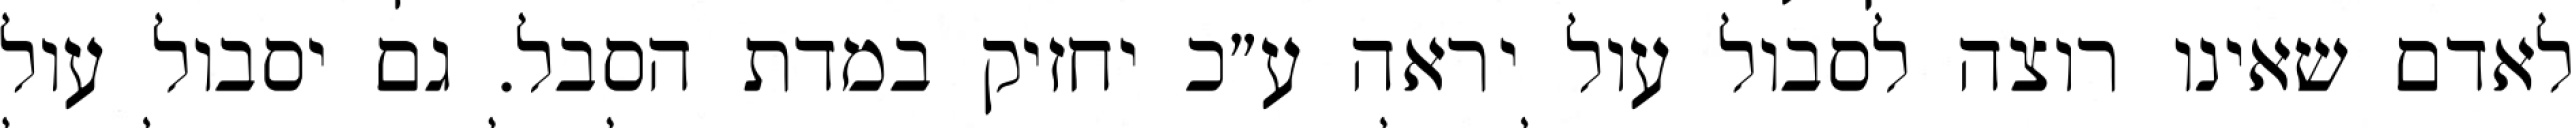
לאדם שאינו רוצה לסבול עול יראה ע״כ יחזיק במדת הסבל. גם יסבול עול